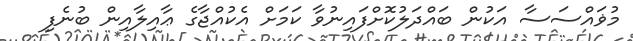
މުޥައްސަސާ އަކުން ބައްދަލުކޮށްފައިނުވާ ކަމަށް އެކުއްޖާގެ ޢާއިލާއިން ބުނެފި